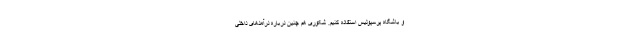
و باشگاه پرسپولیس استفاده کنیم. شکوری هم چنین درباره درآمدهای داخلی